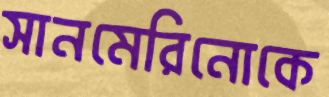
সানমেরিনোকে